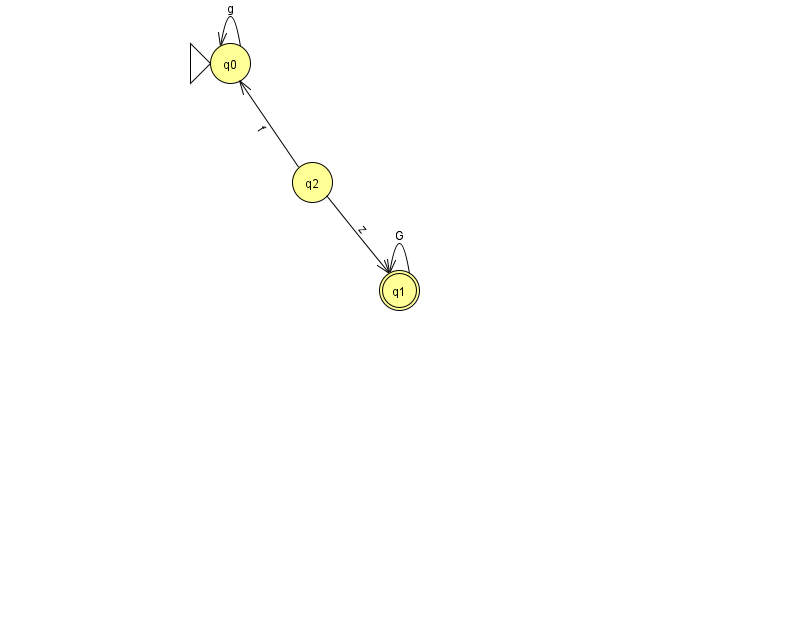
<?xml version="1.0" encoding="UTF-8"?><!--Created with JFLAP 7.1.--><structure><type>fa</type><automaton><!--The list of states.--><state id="0" name="q0"><x>230.0</x><y>50.0</y><initial/></state><state id="1" name="q1"><x>399.0</x><y>277.0</y><final/></state><state id="2" name="q2"><x>312.0</x><y>169.0</y></state><!--The list of transitions.--><transition><from>2</from><to>1</to><read>z</read></transition><transition><from>0</from><to>0</to><read>g</read></transition><transition><from>1</from><to>1</to><read>G</read></transition><transition><from>2</from><to>0</to><read>f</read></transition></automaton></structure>